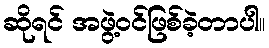
ဆိုရင် အဖွဲ့ဝင်ဖြစ်ခဲ့တာပါ။